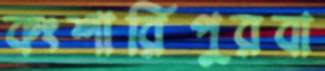
কংশারিপুরবা